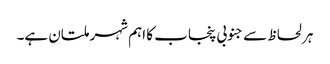
ہر لحاظ سے جنوبی پنجاب کا اہم شہر ملتان ہے۔